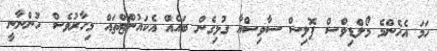
ހަމަ އެހެންމެ މޯލްޑިވްސް ޕޮލިސް ސާވިސްއާ ގުޅިގެން ބައެއް އެކައުންޓްތައް މިހާރުވެސް ހުންނާނީ